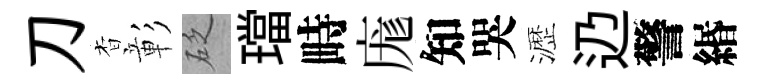
刀杳彰砭璫畤庬知哭瀝辸警緡